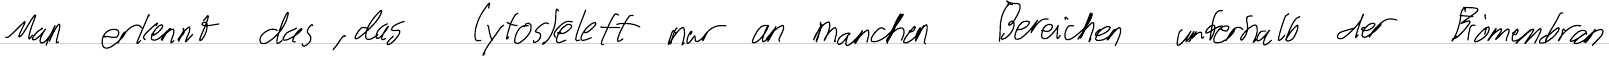
Man erkennt das, das Cytoskelett nur an manchen Bereichen unterhalb der Biomembran